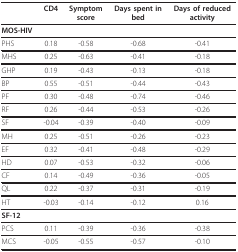
<table><thead><tr><td></td><td><b>CD4</b></td><td><b>Symptom score</b></td><td><b>Days spent in bed</b></td><td><b>Days of reduced activity</b></td></tr></thead><tbody><tr><td><b>MOS-HIV</b></td><td></td><td></td><td></td><td></td></tr><tr><td>PHS</td><td>0.18</td><td>-0.58</td><td>-0.68</td><td>-0.41</td></tr><tr><td>MHS</td><td>0.25</td><td>-0.63</td><td>-0.41</td><td>-0.18</td></tr><tr><td>GHP</td><td>0.19</td><td>-0.43</td><td>-0.13</td><td>-0.18</td></tr><tr><td>BP</td><td>0.55</td><td>-0.51</td><td>-0.44</td><td>-0.43</td></tr><tr><td>PF</td><td>0.30</td><td>-0.48</td><td>-0.74</td><td>-0.46</td></tr><tr><td>RF</td><td>0.26</td><td>-0.44</td><td>-0.53</td><td>-0.26</td></tr><tr><td>SF</td><td>-0.04</td><td>-0.39</td><td>-0.40</td><td>-0.09</td></tr><tr><td>MH</td><td>0.25</td><td>-0.51</td><td>-0.26</td><td>-0.23</td></tr><tr><td>EF</td><td>0.32</td><td>-0.41</td><td>-0.48</td><td>-0.29</td></tr><tr><td>HD</td><td>0.07</td><td>-0.53</td><td>-0.32</td><td>-0.06</td></tr><tr><td>CF</td><td>0.14</td><td>-0.49</td><td>-0.36</td><td>-0.05</td></tr><tr><td>QL</td><td>0.22</td><td>-0.37</td><td>-0.31</td><td>-0.19</td></tr><tr><td>HT</td><td>-0.03</td><td>-0.14</td><td>-0.12</td><td>0.16</td></tr><tr><td><b>SF-12</b></td><td></td><td></td><td></td><td></td></tr><tr><td>PCS</td><td>0.11</td><td>-0.39</td><td>-0.36</td><td>-0.38</td></tr><tr><td>MCS</td><td>-0.05</td><td>-0.55</td><td>-0.57</td><td>-0.10</td></tr></tbody></table>